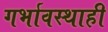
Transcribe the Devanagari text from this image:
गर्भावस्थाही